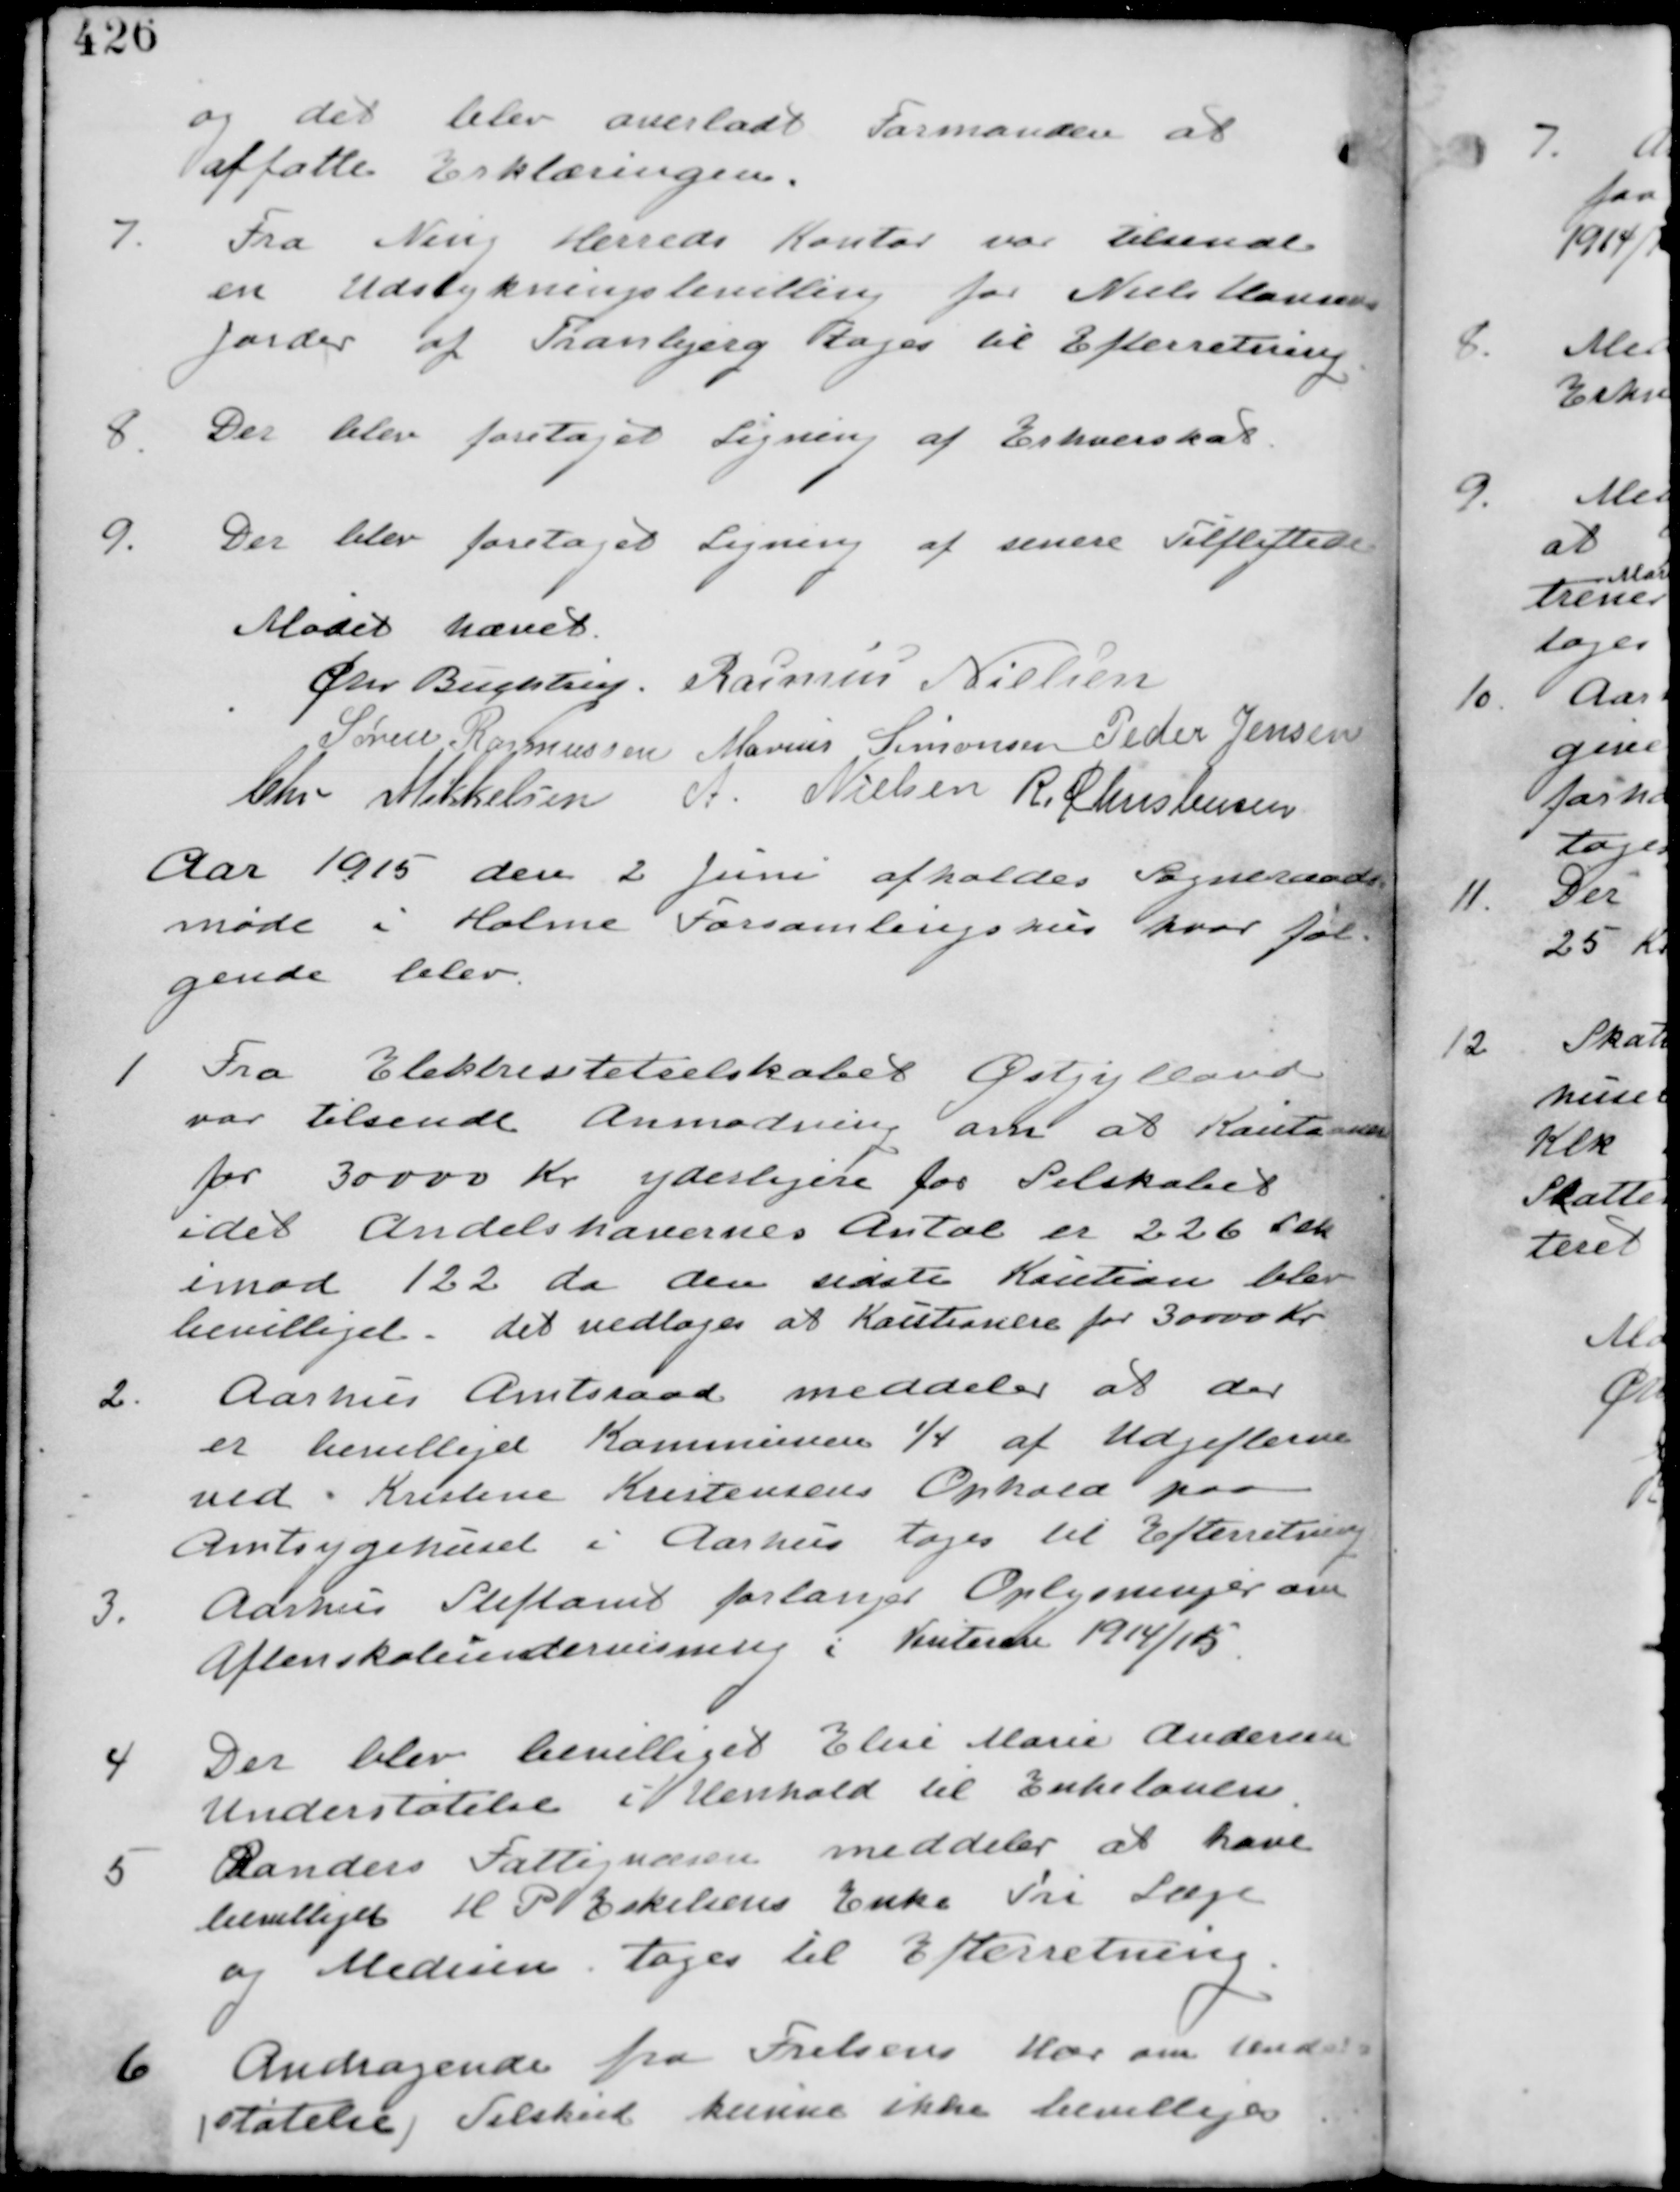
Transskription:
og det blev overladt Formanden at
affatte Erklæringen.

7.
Fra Ning Herreds Kontor var tilsendt
en Udstykningsbevilling for Niels Hansens
Jorder af Tranbjerg til Efterretning.

8.
Der blev foretaget Ligning af Erhvervsskat.

9.
Der blev foretaget Ligning af senere Tilflyttere.

Mødet hævet
Chr Buchtrup. Rasmus Nielsen
Søren Rasmussen Marius Sørensen Peder Jensen
Chr Mikkelsen A. Nielsen R Christensen

Aar 1915 den 2 Juni afholdes Sogneraads-
møde i Holme Forsamlingshus hvor føl-
gende blev.

1.
Fra Elektrisitetsselskabet Østjylland
var tilsendt Anmodning om at Kautionere
for 30000 Kr yderligere for Selskabet
idet Andelshavernes Antal er 226 stk
imod 122 da da den sidste Kaution blev
bevilliget. det vedtages at Kautionere for 30000 Kr.

2.
Aarhus Amtsraad meddeler at der
er bevilliget Kommunen 1/4 af Udgifterne
ved Kristine Kristensens Ophold paa
Amtsygehuset i Aarhus tages til Efterretning

3.  Aarhus Stiftamt forlanger Oplysninger om
Aftenskoleundervisning i Vinteren 1914/15.

4. Der blev bevilliget Elise Marie Andersen
Understøttelse i Henhold til Enkeloven.

Randers Fattigvæsen meddeler at have
bevilliget H P Eskilsens Enke fri Læge
og Medisin. tages til Efterretning.

6.
Andragende fra Frelsens Hær om Under
(støtelse) Tilskud kunne ikke bevilliges.